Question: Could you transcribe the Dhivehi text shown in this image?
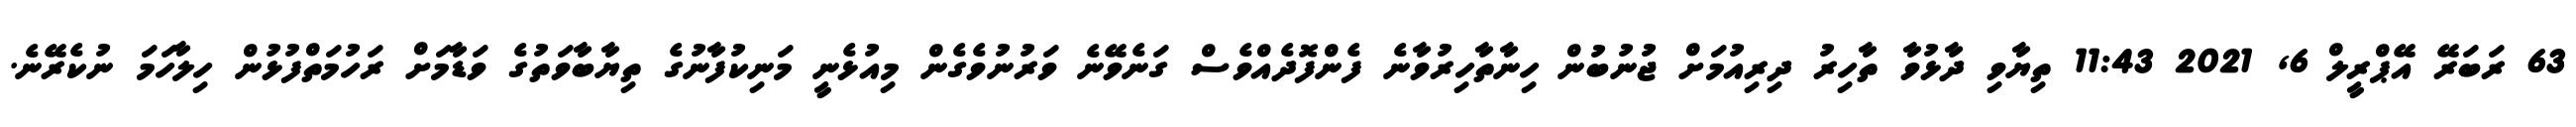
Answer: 63 ރަބަރޭ އޭޕްރީލް 6, 2021 11:43 ތިޔާވި ދާޅުވާ ތާހިރު ދިރިއުމަށް ޖުނުބުން ހިނާތާހިރުވާނެ ފެންފޮދެއްވެސް ގަނެވޭނެ ވަރުނުވެގެން މިއުޅެނީ މަނިކުފާނުގެ ތިޔާބާވަތުގެ ވަޑާމަށް ރަހުމަތްފުޅުން ހިލާހަމަ ނުކެރޭނެ.